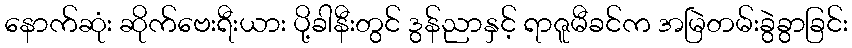
နောက်ဆုံး ဆိုက်ဗေးရီးယား ပို့ခါနီးတွင် ဒွန်ညာနှင့် ရာဇူမီခင်က အမြဲတမ်းခွဲခွာခြင်း